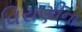
વિરાણીના